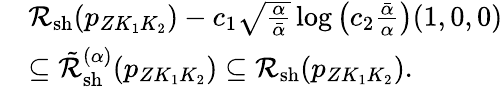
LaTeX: \begin{array}{rl}&{{\cal R}_{\mathrm{sh}}({p_{ZK_{1}K_{2}}})-c_{1}\sqrt{\frac{\alpha}{\bar{\alpha}}}\log\left(c_{2}\frac{\bar{\alpha}}{\alpha}\right)(1,0,0)}\\ &{\subseteq\tilde{\cal R}_{\mathrm{sh}}^{(\alpha)}({p_{ZK_{1}K_{2}}})\subseteq{\cal R}_{\mathrm{sh}}({p_{ZK_{1}K_{2}}}).}\end{array}